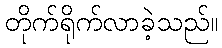
တိုက်ရိုက်လာခဲ့သည်။